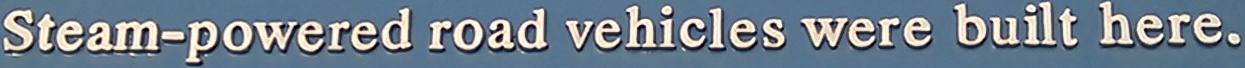
Steam-powered road vehicles were built here.